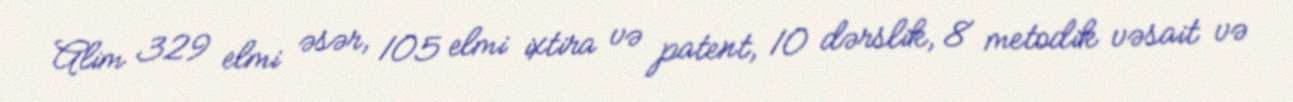
Alim 329 elmi əsər, 105 elmi ixtira və patent, 10 dərslik, 8 metodik vəsait və